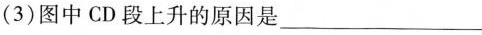
(3)图中CD段上升的原因是___